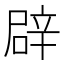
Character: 辟